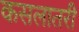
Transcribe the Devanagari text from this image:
कसलातरी